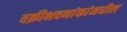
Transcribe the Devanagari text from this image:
वक्रीभवनांकांमधील